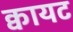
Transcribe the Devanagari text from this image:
क्वायट